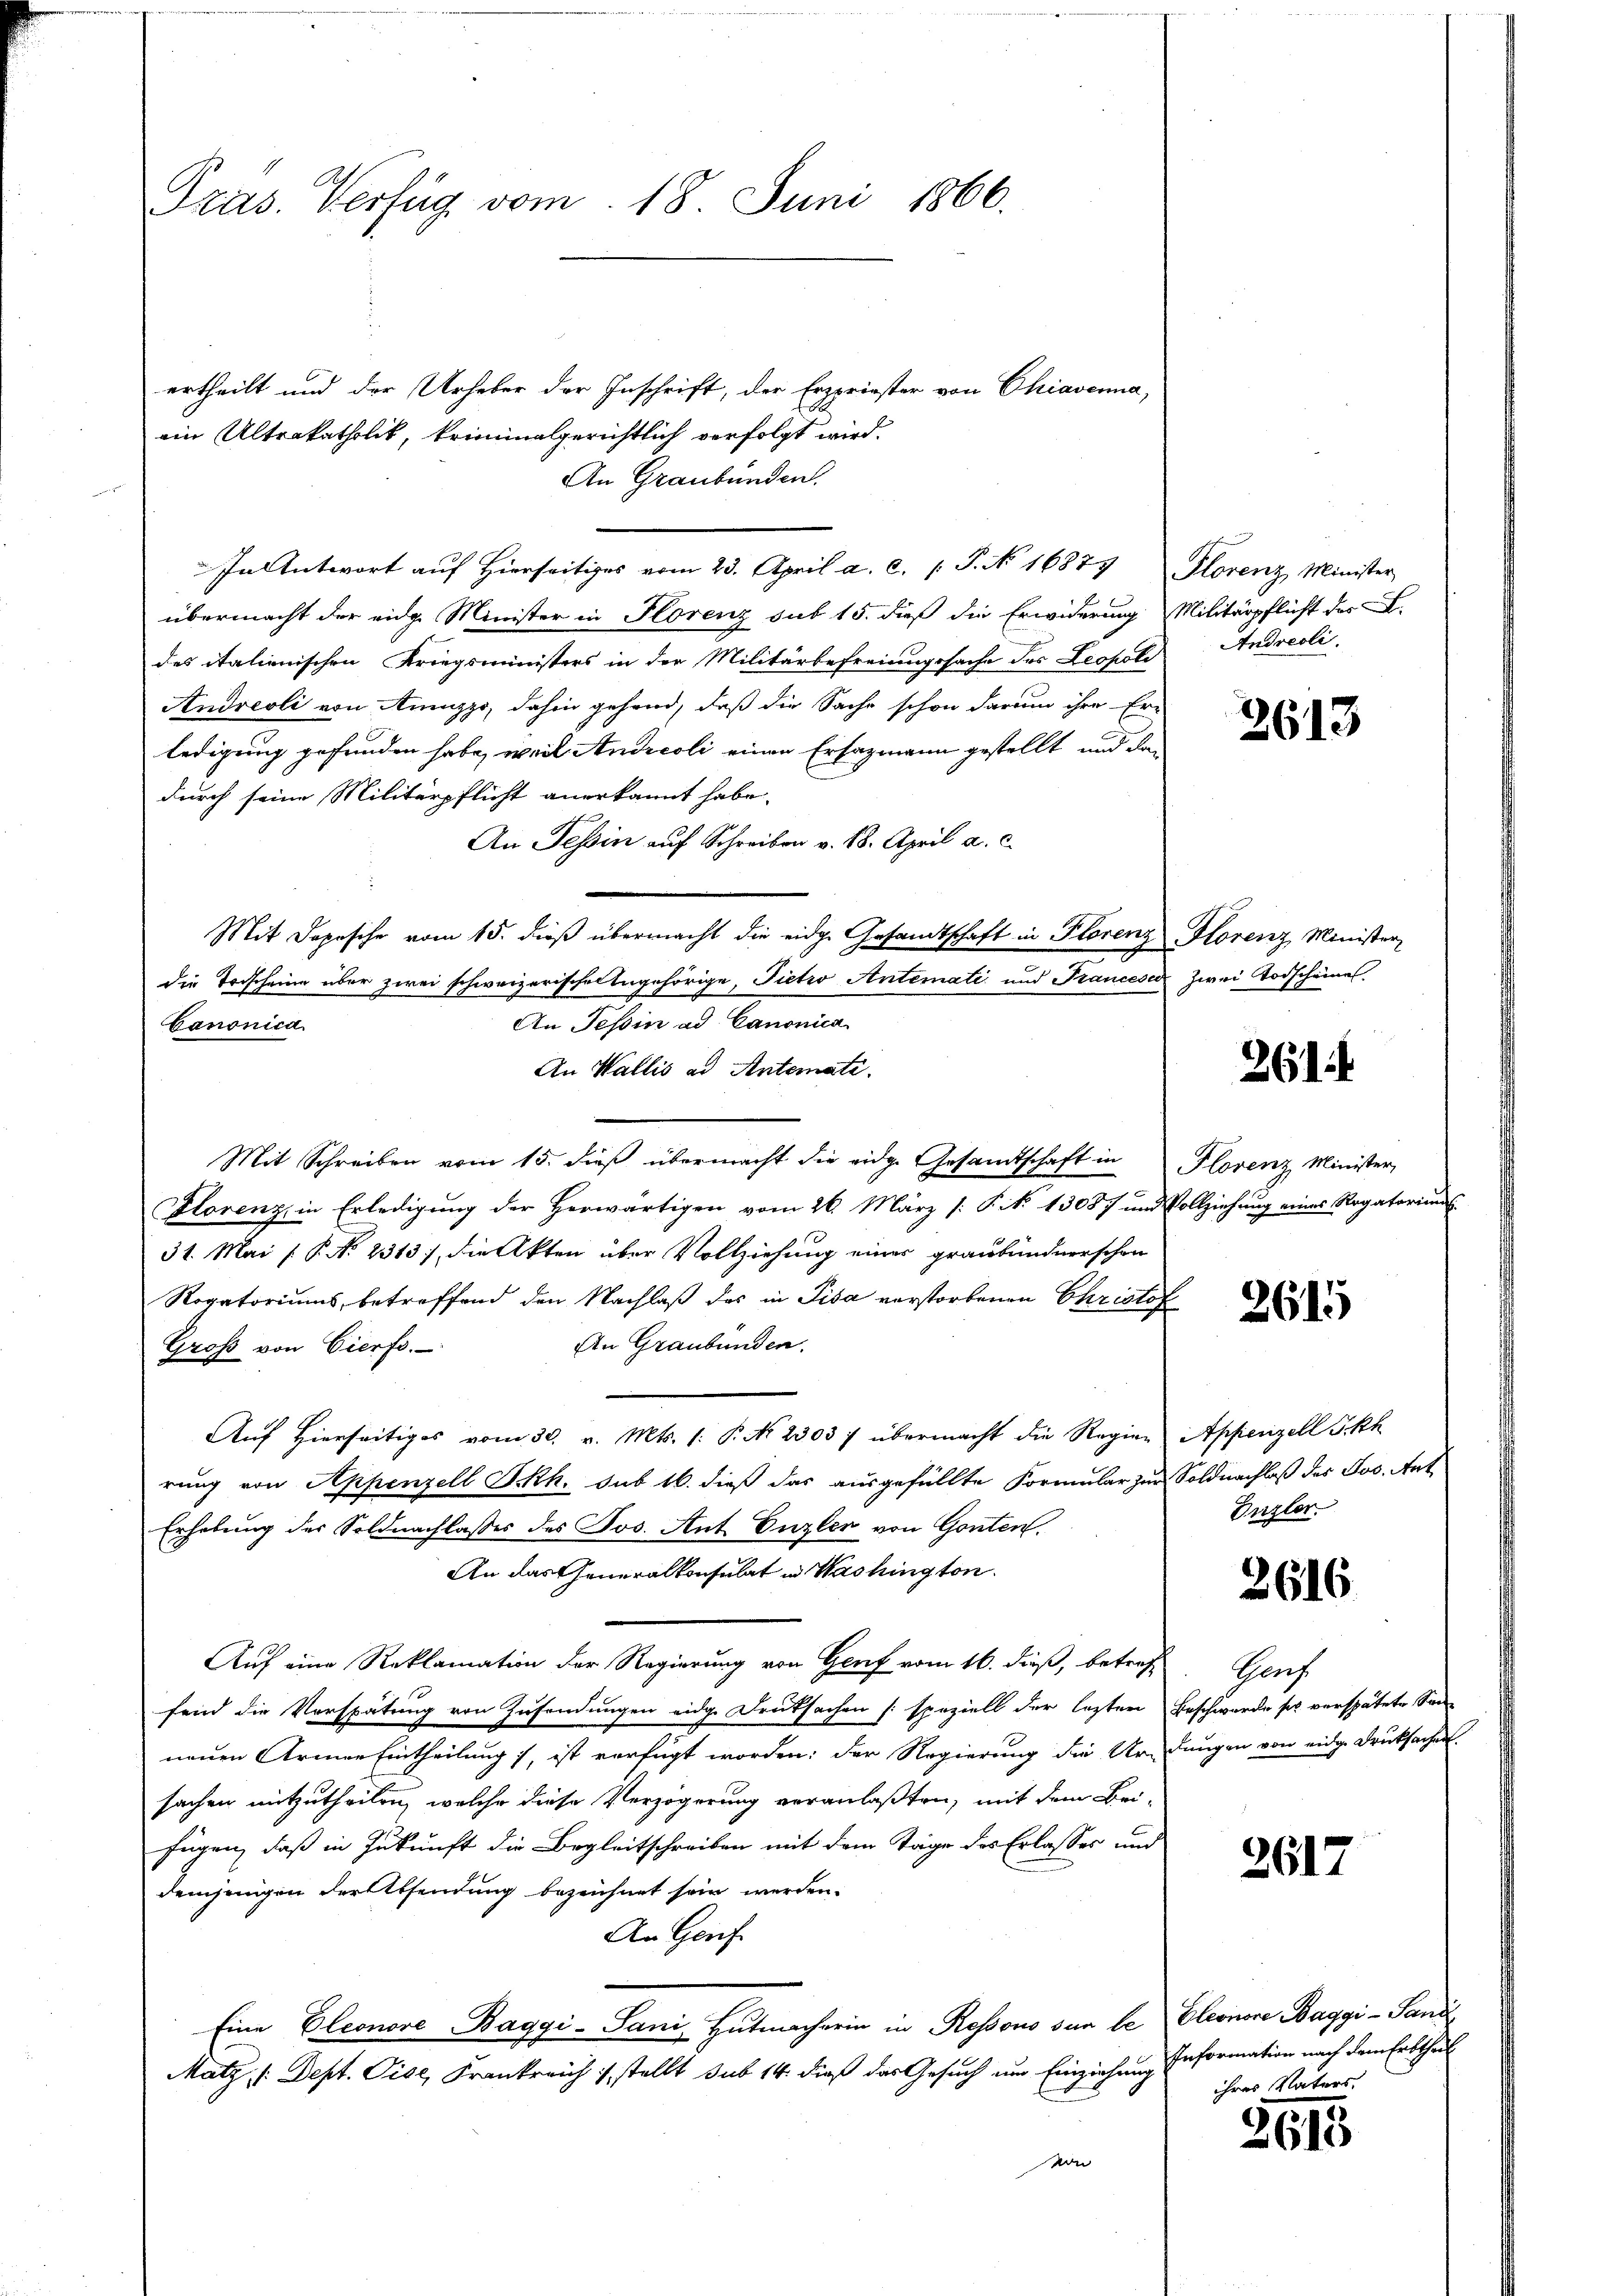
Pras. Verfüg vom 18. Juni 1866.

ertheilt und der Urheber der Inschrift, der Erzpriester von Chiaverna,
ein Altrakatholik, kriminalgerichtlich verfolgt wird.
An Graubünden.
In Antwort auf Hierseitiges vom 23. April a. c. (T. No 16879
übermacht der eidg. Minister in Florenz sub 15. dieß die Erwiderung
des italienischen Kriegsministers in der Militärbefreiungssache des Leopoli
Andreoli von Amezzo, dahin gehend, daß die Sache schon darum ihre Er-
ledigung gefunden habe, weil Andreoli einen Ersatzmann gestellt und das
durch seine Militärpflicht anerkannt habe.
An Tessin auf Schreiben v. 18. April a. c.
Mit Depesche vom 15. dieß übermacht die eidge Gesandtschaft in Plorenz
die Todscheine über zwei schweizerischen Angehörige, Pietro Antemati und Francesa
An Tessin ad Canonica
Canonica
An Wallis ad Antemati
Mit Schreiben vom 15. dieß übermacht die eidge Gesandtschaft in
Florenz, in Erledigung der Herwärtigen vom 26. März [§ No 13087 und Vollziehung eines Rogatoriums
31. Mai ( P. N. 2313), die Akten über Vollziehung eines graubündnerschen
Rogatoriums, betreffend den Nachlaß des in Pisa verstorbenen Christof
An Graubünden.
Groß von Vierfs.
Auf Hierseitiges vom 30. v. Mts. (: P. Nr. 2303) übermacht die Regier
rung von Appenzell I.Rh. sub 16. dieß das ausgefüllte Formular zur
Erhebung der Soldnachlasses des Jos. Ant. Enzler von Gonten.
An das Generalkonsulat in Washington
Auf eine Reklamation der Regierung von Genf vom 16. dieß, betreffend die Verspätung von Zusendungen eidge Druksachen speziell der letzten
neuen Armee Eintheilung), ist verfügt worden: der Regierung die Urn
sachen mitzutheilen, welche diese Verzögerung veranlaßten, mit dem Bei-
fügen, daß in Zukunft die Begleitschreiben mit dem Tage des Erlasses und
demjenigen deressendung bezeichnet sein werden.
An Genf
Eine Pleonore Baggi-Sani, Hutmacherin in Ressono sur be
Matz, /: Dept. Vise, Krankreich stellt sub 14. dieß das Gesuch um Einziehung
von

Plorenz Minister
Militärpflicht des L.
Andreoli.

2613

Florenz Minister
zwei Vorscheines

261.

Plorenz Minister,

2615

Appenzell I.Rh
Soldnachlaß des Jos. Ant
Enzler.

2616

Gruf
Beschwerde sich verspätete Sinne
dungen von eidge Drucksachen.

2617

Eleonore Baggi - Sand
Information nach dem Erbtheil
ihres Vaters,

2615